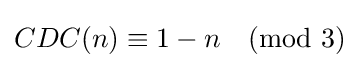
CDC(n)\equiv 1-n{\pmod {3}}